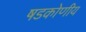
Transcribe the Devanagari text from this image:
षडकोणीय